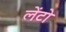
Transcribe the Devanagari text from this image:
लेंटो